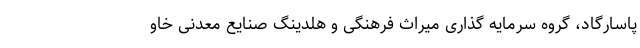
پاسارگاد، گروه سرمایه گذاری میراث فرهنگی و هلدینگ صنایع معدنی خاو